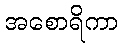
အစောရိကာ